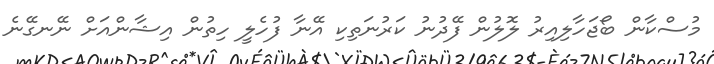
މުސްކާން ބޯޖަހާލިއިރު ލޮލުން ފޭދުނު ކަރުނަތިކި އޭނާ ފުހެލީ ހިތުން އިޝާންއަށް ނޭނގޭނެ